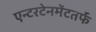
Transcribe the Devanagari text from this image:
एन्टरटेनमेंटतर्फे